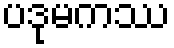
ပဒုမကဿ